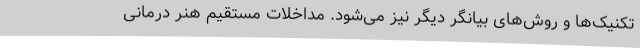
تکنیک‌ها و روش‌های بیانگر دیگر نیز می‌شود. مداخلات مستقیم هنر درمانی